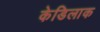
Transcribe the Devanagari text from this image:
केडिलाक